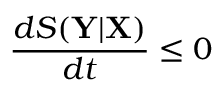
\frac { d S ( \mathbf { Y } | \mathbf { X } ) } { d t } \le 0